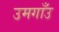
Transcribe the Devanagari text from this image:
उमगाँउ